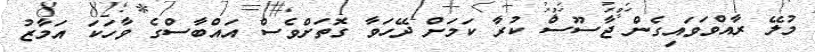
މުލޭ ރާއްވަވައިގެން ޖާސޫސް ކުރާ ކަމަށް ދޭހަވާ ގޮތަށްވެސް އައްބާސްގެ ވާހަކަ އަމާޒު